Leaving Certificate Examination, 1921
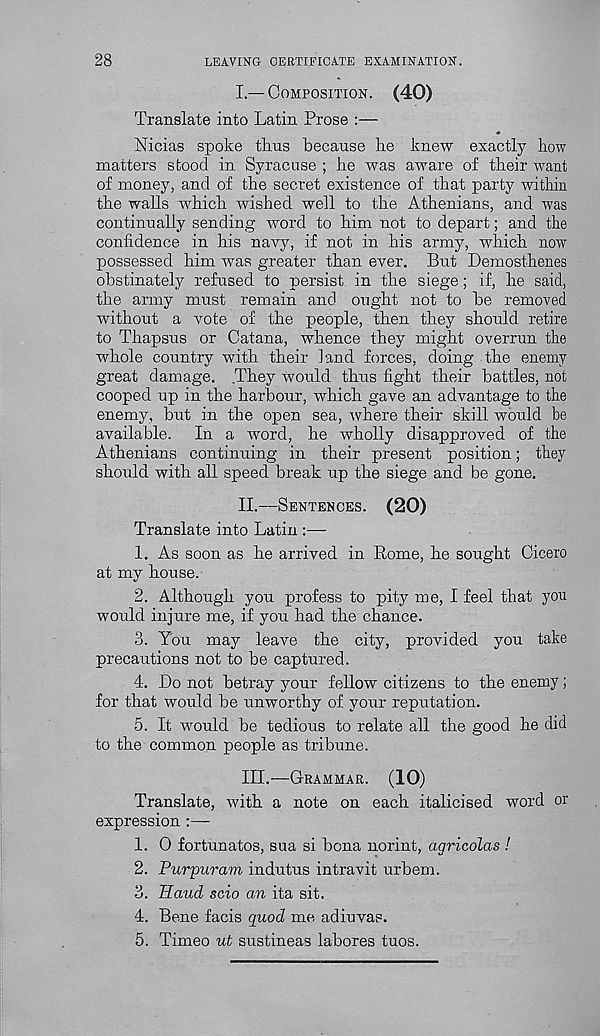
28
LEAVING CERTIFICATE EXAMINATION.
L—COMPOSITION. (40)
Translate into Latin Prose :—
•#
Nicias spoke thus because he knew exactly how
matters stood in Syracuse ; he was aware of their want
of money, and of the secret existence of that party within
the walls which wished well to the Athenians, and was
continually sending word to him not to depart; and the
confidence in his navy, if not in his army, which now
possessed him was greater than ever. But Demosthenes
obstinately refused to persist in the siege; if, he said,
the army must remain and ought not to be removed
without a vote of the people, then they should retire
to Thapsus or Catana, whence they might overrun the
whole country with their land forces, doing the enemy
great damage. They would thus fight their battles, not
cooped up in the harbour, which gave an advantage to the
enemy, but in the open sea, where their skill would be
available. In a word, he wholly disapproved of the
Athenians continuing in their present position; they
should with all speed break up the siege and be gone.
II.
—
Translate into Latin
1. As soon as he arrived in Rome, he sought Cicero
at my house.
2. Although you profess to pity me, I feel that yon
would injure me, if you had the chance.
3. You may leave the city, provided you take
precautions not to be captured.
4. Do not betray your fellow citizens to the enemy;
for that would be unworthy of your reputation.
5. It would be tedious to relate all the good he did
to the common people as tribune.
III.
—
Translate, with a note on each italicised word or
expression :—-
1. 0 fortunatos, sua si bona norint, agricolas !
2. Purpuram indutus intravit urbem.
3. Hand scio an ita sit.
4. Bene facis quod me adiuvas.
5. Timeo ut sustineas labores tuos.